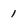
Character: 1